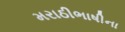
મરાઠીભાષીના